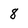
Character: 8